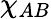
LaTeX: \chi_{AB}